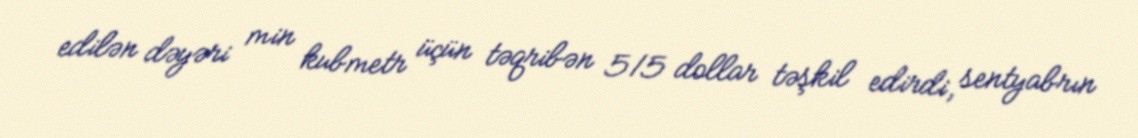
edilən dəyəri min kubmetr üçün təqribən 515 dollar təşkil edirdi, sentyabrın